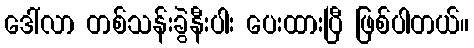
ဒေါ်လာ တစ်သန်းခွဲနီးပါး ပေးထားပြီ ဖြစ်ပါတယ်။